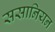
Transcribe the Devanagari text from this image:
ससानियन